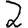
Digit: 2